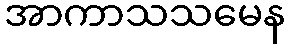
အာကာသသမေန